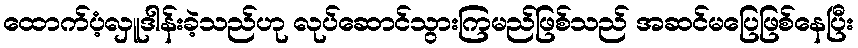
ထောက်ပံ့လှူဒါန်းခဲ့သည်ဟု လုပ်ဆောင်သွားကြမည်ဖြစ်သည် အဆင်မပြေဖြစ်နေပြီး